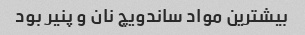
بیشترین مواد ساندویچ نان و پنیر بود